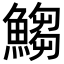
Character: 𩺥